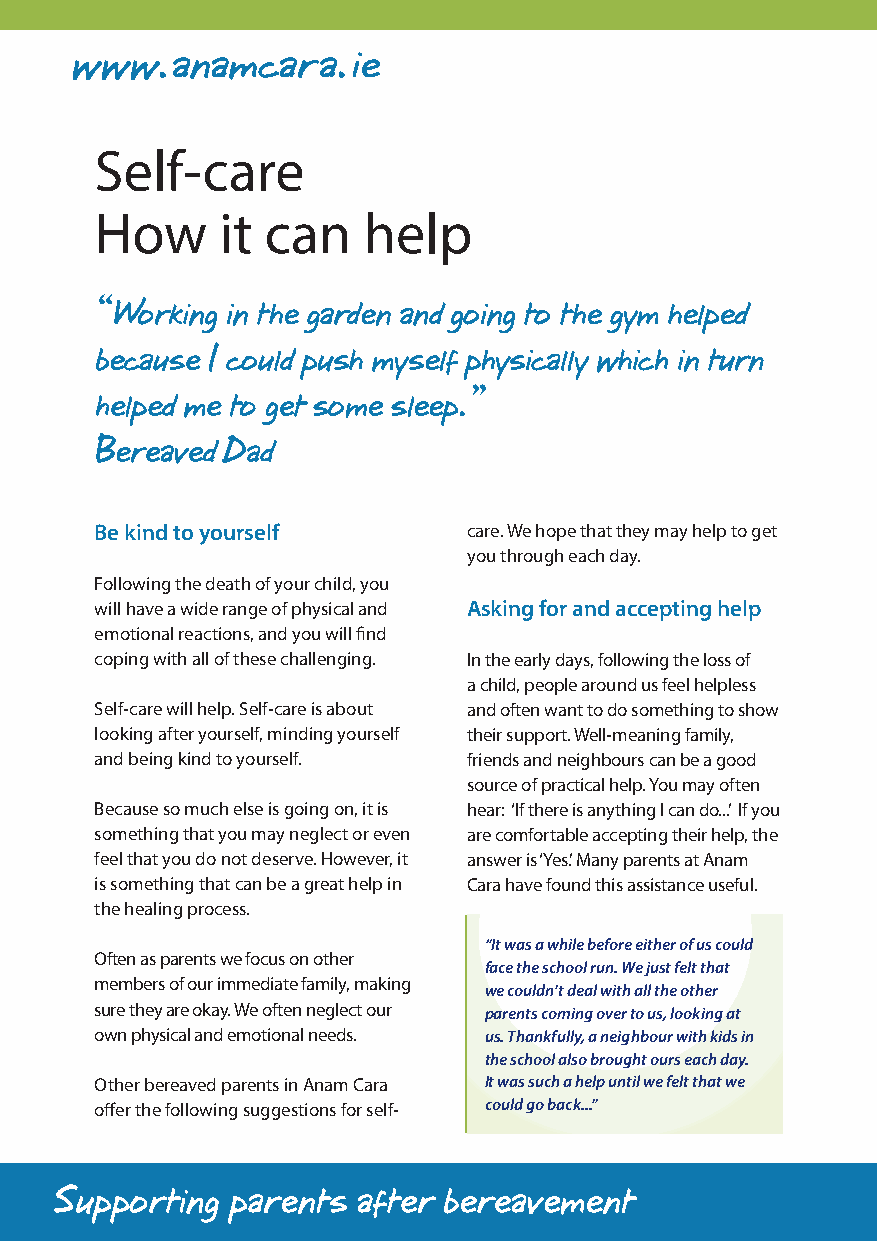
Self-care
 How      it can   help
 “Working in the garden and going to the gym helped
 because I could push myself physically which in turn
 helped me to get some sleep.”
 Bereaved Dad
 Be kind to yourself      care. We hope that they may help to get
 you through each day.
 Following the death of your child, you
 will have a wide range of physical and Asking for and accepting help
 emotional reactions, and you will find
 coping with all of these challenging. In the early days, following the loss of
 a child, people around us feel helpless
 Self-care will help. Self-care is about and often want to do something to show
 looking after yourself, minding yourself their support. Well-meaning family,
 and being kind to yourself. friends and neighbours can be a good
 source of practical help. You may often
 Because so much else is going on, it is hear: ‘If there is anything I can do...’ If you
 something that you may neglect or even are comfortable accepting their help, the
 feel that you do not deserve. However, it answer is ‘Yes’. Many parents at Anam
 is something that can be a great help in Cara have found this assistance useful.
 the healing process.
 “It was a while before either of us could
 Often as parents we focus on other
 face the school run. We just felt that
 members of our immediate family, making
 we couldn’t deal with all the other
 sure they are okay. We often neglect our parents coming over to us, looking at
 own physical and emotional needs. us. Thankfully, a neighbour with kids in
 the school also brought ours each day.
 Other bereaved parents in Anam Cara It was such a help until we felt that we
 offer the following suggestions for self- could go back...”